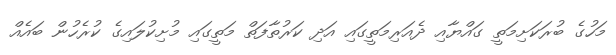
މަހުގެ ބުރަކަށިމަތީ ގައްޔާއި ދެއަރިމަތީގައި އަދި ކަރުތާފަތް މަތީގައި މުށިކުލައިގެ ކުރެހުން ބައެއް